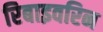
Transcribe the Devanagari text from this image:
रिबाइवरिन